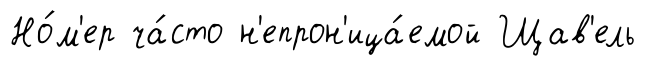
Но́м'ер ча́сто н'епрон'ица́емой Щав'ель